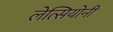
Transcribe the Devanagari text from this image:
लेत्सियोनी